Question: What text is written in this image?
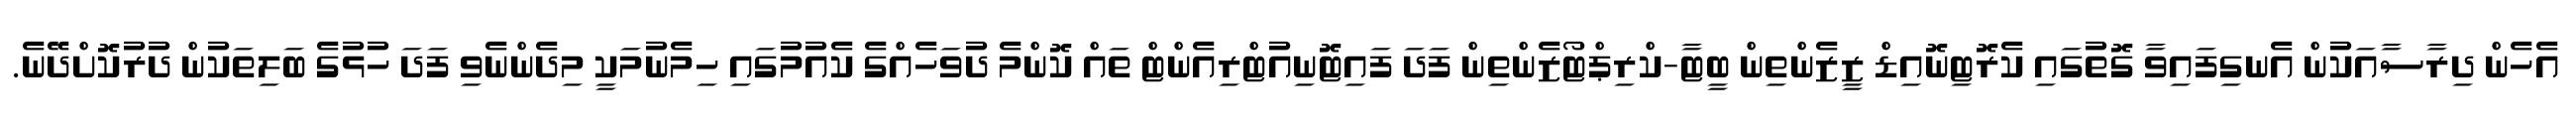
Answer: އެހެން ދިރާސާއަކުން އެނގިފައިވާ ގޮތުގައި ކެރޮޓިނޮއިޑް ޒީޒެންތިން ބީޓާ-ކްރިޕްޓޯޒެންތިން ފަދަ ފައިޓޮނިއުޓްރިއެންޓް ތައް ކޮންމެ ދުވަހެއްގެ ކެއުމުގައި ހިމެނުމަކީ މިދެންނެވި ފަދަ ހުޅުގެ ބަލިތަކުން ދުރުކޮށްދޭނެ.